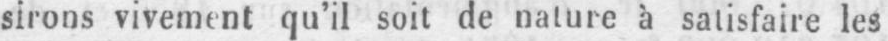
sirons vivement qu’il soit de nature à satisfaire les